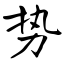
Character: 势